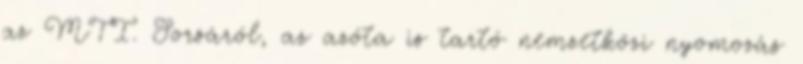
az MTI. Sorsáról, az azóta is tartó nemzetközi nyomozás